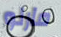
مارلو